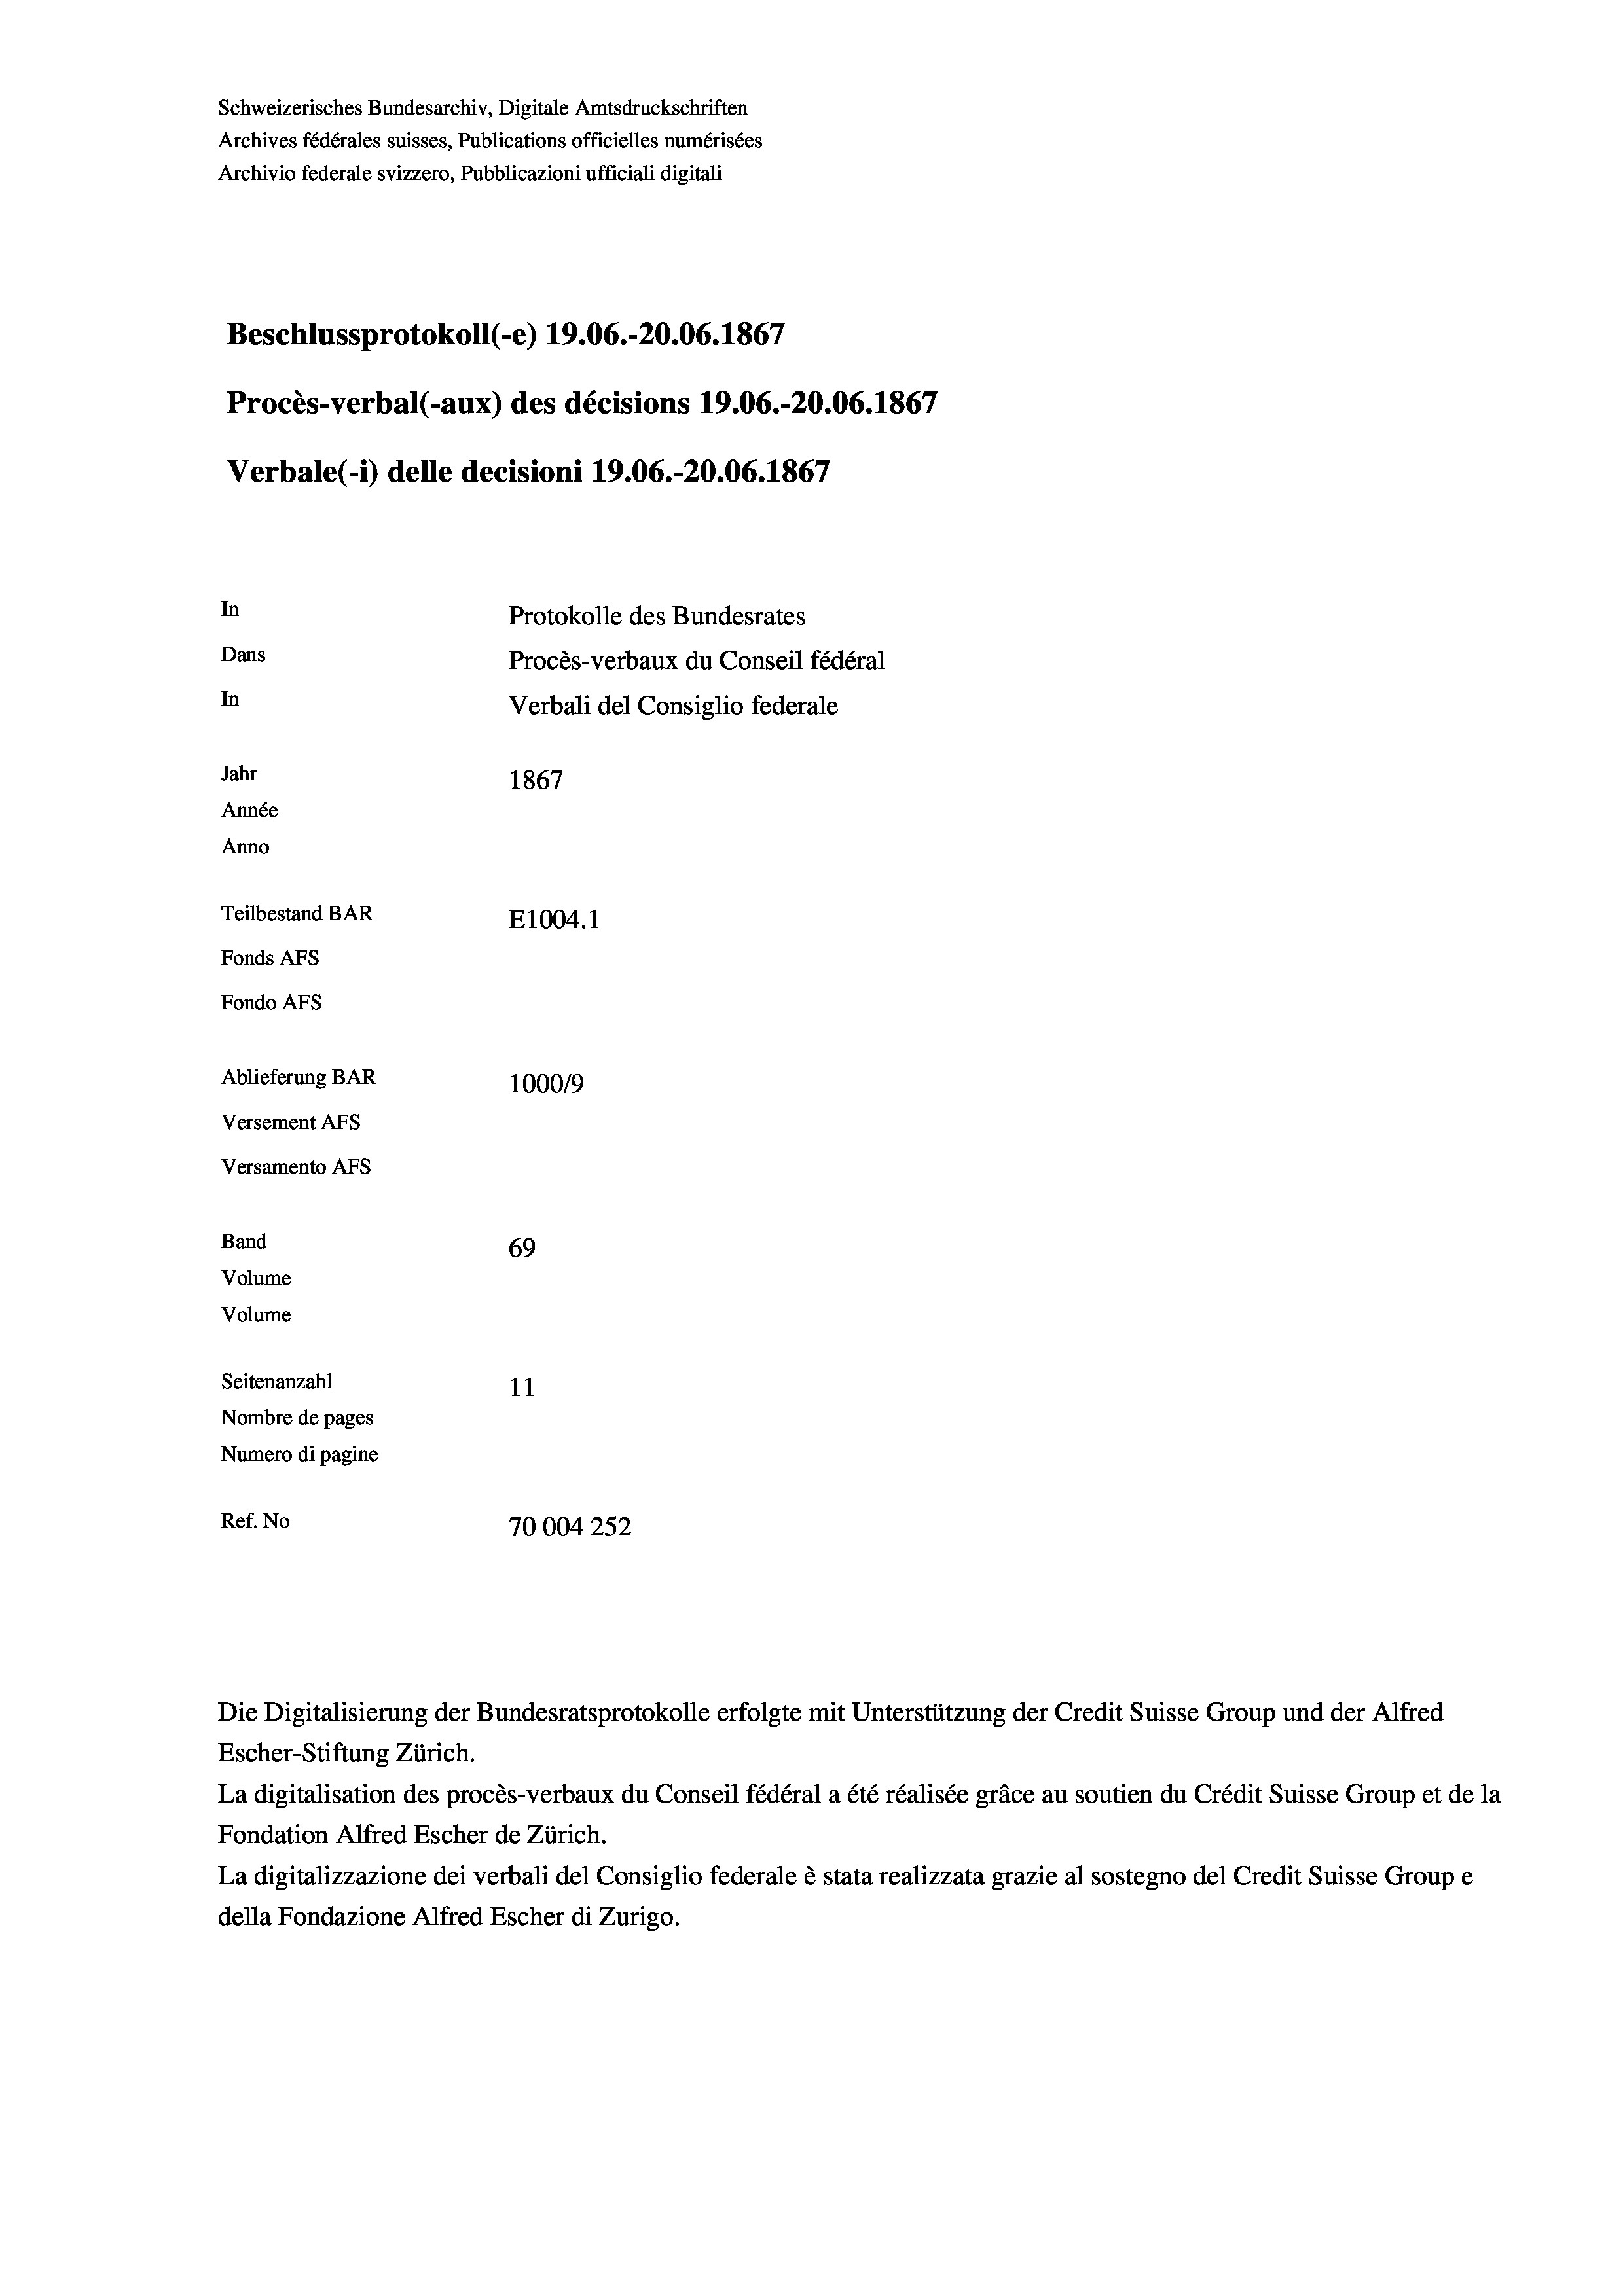
Schweizerisches Bundesarchiv, Digitale Amtsdruckschriften
Archives fédérales suisses, Publications officielles numérisées
Archivio federale svizzero, Pubblicazioni ufficiali digitali
Beschlussprotokoll (-e) 19.06.-20.06. 1867
Procès-verbal (-aux) des décisions 19.06.-20.06. 1867
Verbale (- 1) delle decisioni 19.06.-20.06. 1867
In
Protokolle des Bundesrates
Dans
Procès-verbaux du Conseil fédéral
In
Verbali del Consiglio federale
Jahr
1867
Année
Anno
Teilbestand BAR
E1004.1
Fonds AFs
Fondo Afs
Ablieferung BAR
100019
Versement AFs
Versamento AFs
Band
69
Volume
Volume

Seitenanzahl
11
Nombre de pages
Numero di pagine
Ref. No
70004252

Escher-Stiftung Zürich.
La digitalisation des procès-verbaux du Conseil fédéral a été réalisée gräce au soutien du Crédit Suisse Group et de la
Fondation Alfred Escher de Zürich.
La digitalizzazione dei verbali del Consiglio federale è stata realizzata grazie al sostegno del Credit Suisse Groupe
della Fondazione Alfred Escher di Zurigo.

Die Digitalisierung der Bundesratsprotokolle erfolgte mit Unterstützung der Credit Suisse Group und der Alfred